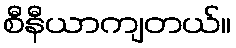
စီနီယာကျတယ်။